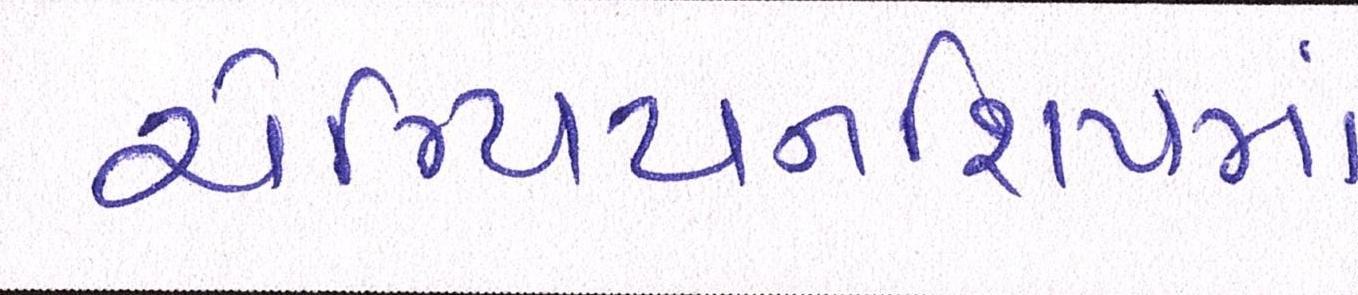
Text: ચેમ્પિયનશિપમાં